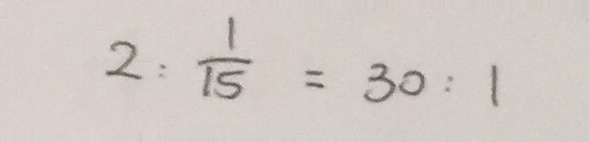
2 : \frac { 1 } { 1 5 } = 3 0 : 1